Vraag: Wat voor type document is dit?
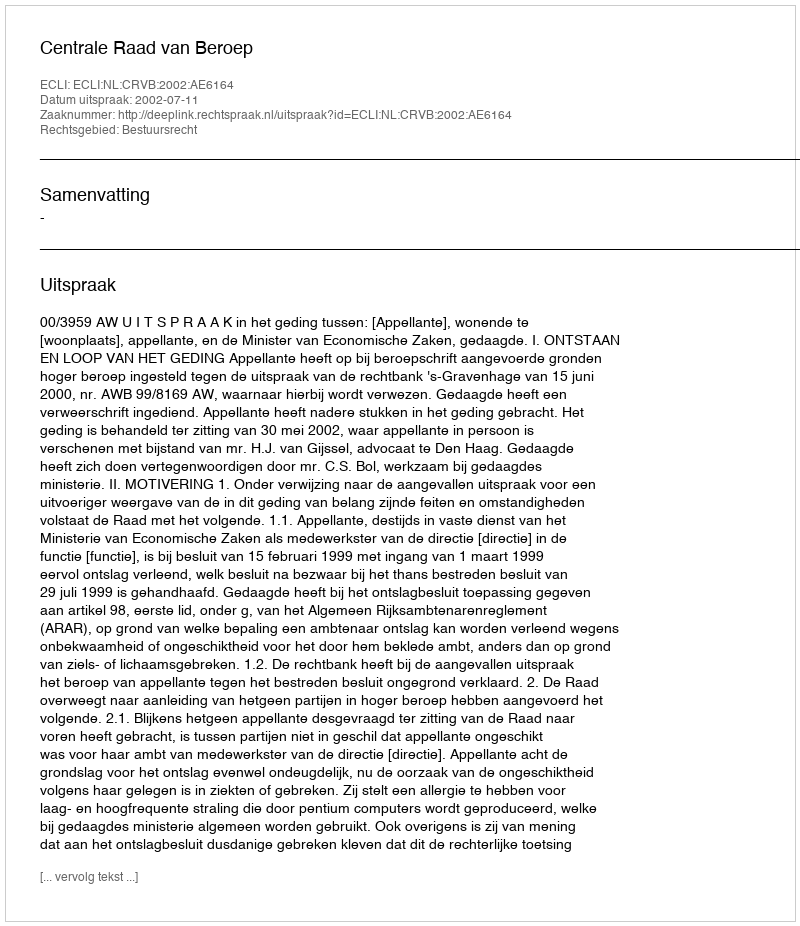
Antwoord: Uitspraak